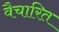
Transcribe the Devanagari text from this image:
वैचारित